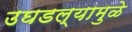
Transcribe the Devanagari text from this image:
उघडल्यामुळे